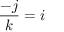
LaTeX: { \frac { - j } { k } } = i